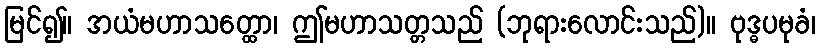
မြင်၍။ အယံမဟာသတ္ထော၊ ဤမဟာသတ္တသည် (ဘုရားလောင်းသည်)။ ဗုဒ္ဓပမုခံ၊